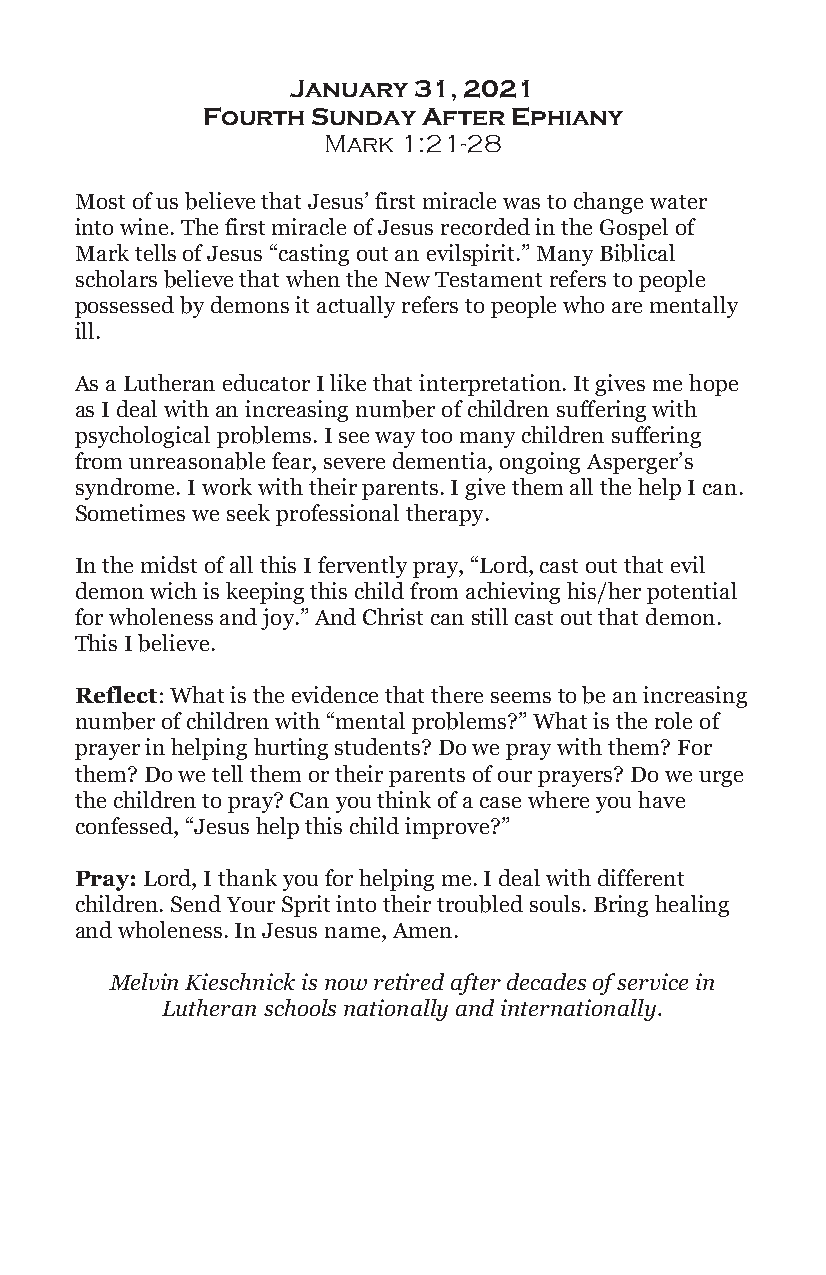
January 31, 2021
 Fourth  Sunday After Ephiany
 Mark 1:21-28
 Most of us believe that Jesus’ first miracle was to change water
 into wine. The first miracle of Jesus recorded in the Gospel of
 Mark tells of Jesus “casting out an evilspirit.” Many Biblical
 scholars believe that when the New Testament refers to people
 possessed by demons it actually refers to people who are mentally
 ill.
 As a Lutheran educator I like that interpretation. It gives me hope
 as I deal with an increasing number of children suffering with
 psychological problems. I see way too many children suffering
 from unreasonable fear, severe dementia, ongoing Asperger’s
 syndrome. I work with their parents. I give them all the help I can.
 Sometimes we seek professional therapy.
 In the midst of all this I fervently pray, “Lord, cast out that evil
 demon wich is keeping this child from achieving his/her potential
 for wholeness and joy.” And Christ can still cast out that demon.
 This I believe.
 Reflect: What is the evidence that there seems to be an increasing
 number of children with “mental problems?” What is the role of
 prayer in helping hurting students? Do we pray with them? For
 them? Do we tell them or their parents of our prayers? Do we urge
 the children to pray? Can you think of a case where you have
 confessed, “Jesus help this child improve?”
 Pray: Lord, I thank you for helping me. I deal with different
 children. Send Your Sprit into their troubled souls. Bring healing
 and wholeness. In Jesus name, Amen.
 Melvin Kieschnick is now retired after decades of service in
 Lutheran schools nationally and internationally.